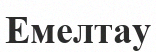
Емелтау